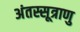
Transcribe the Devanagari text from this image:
अंतस्सूत्राणु